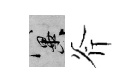
冀斧